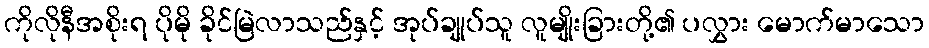
ကိုလိုနီအစိုးရ ပိုမို ခိုင်မြဲလာသည်နှင့် အုပ်ချုပ်သူ လူမျိုးခြားတို့၏ ပလွှား မောက်မာသော